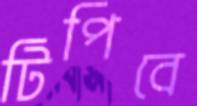
টিপিবে